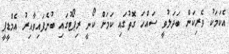
އެކަމަކު ވެރިކަން ބަދަލުވީ ސައްހަ ގޮތުގައި ކަމަށް ކޯނީ ރިޕޯޓުގައި ބުނެފައިވާއިރު އެމްޑީޕީ